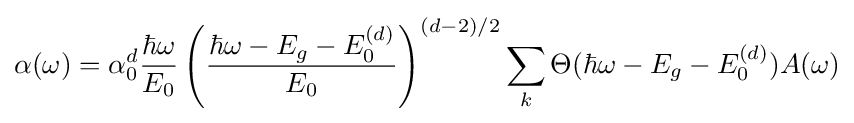
\alpha (\omega )=\alpha _{0}^{d}{\frac {\hbar \omega }{E_{0}}}\left({\frac {\hbar \omega -E_{g}-E_{0}^{(d)}}{E_{0}}}\right)^{(d-2)/2}\sum \limits _{k}{\Theta (\hbar \omega -E_{g}-E_{0}^{(d)})A(\omega )}